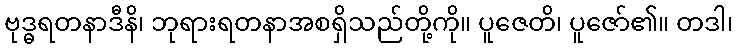
ဗုဒ္ဓရတနာဒီနိ၊ ဘုရားရတနာအစရှိသည်တို့ကို။ ပူဇေတိ၊ ပူဇော်၏။ တဒါ၊